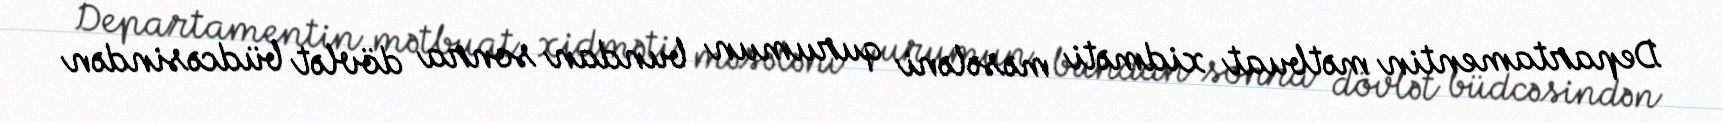
Departamentin mətbuat xidməti məsələni qurumun bundan sonra dövlət büdcəsindən